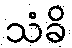
သံခိ